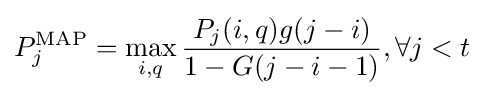
P_{j}^{\text{MAP}}=\max _{i,q}{\frac {P_{j}(i,q)g(j-i)}{1-G(j-i-1)}},\forall j<t